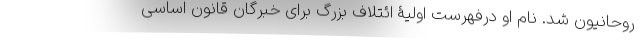
روحانیون شد. نام او درفهرست اولیۀ ائتلاف بزرگ برای خبرگان قانون اساسی